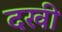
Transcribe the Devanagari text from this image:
दखी